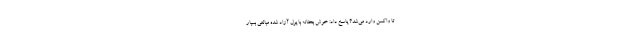
تا واکسن وارد می‌شد؟ پاسخ داد: خوش بختانه با پول آزاد شده مبالغی بسیار